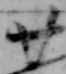
廿